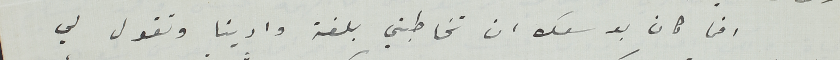
اخي كان بوسعك ان تخاطبني بلغة وادينا وتقول لي